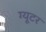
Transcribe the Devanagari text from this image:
ग्यूटर